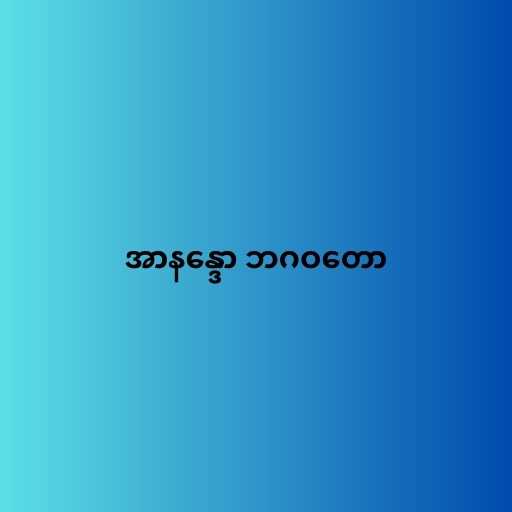
အာနန္ဒော ဘဂဝတော